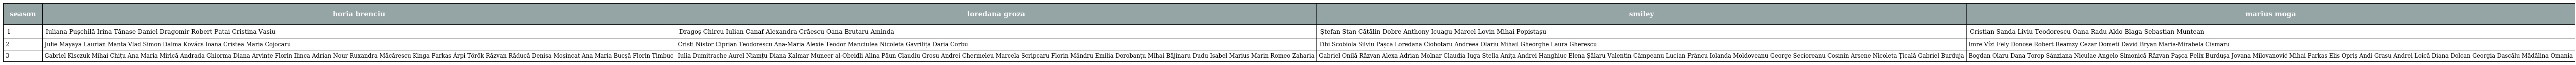
| season | horia brenciu | loredana groza | smiley | marius moga |
 | --- | --- | --- | --- | --- |
 | 1 | Iuliana Pușchilă Irina Tănase Daniel Dragomir Robert Patai Cristina Vasiu | Dragoș Chircu Iulian Canaf Alexandra Crăescu Oana Brutaru Aminda | Ștefan Stan Cătălin Dobre Anthony Icuagu Marcel Lovin Mihai Popistașu | Cristian Sanda Liviu Teodorescu Oana Radu Aldo Blaga Sebastian Muntean |
 | 2 | Julie Mayaya Laurian Manta Vlad Simon Dalma Kovács Ioana Cristea Maria Cojocaru | Cristi Nistor Ciprian Teodorescu Ana-Maria Alexie Teodor Manciulea Nicoleta Gavriliță Daria Corbu | Tibi Scobiola Silviu Pașca Loredana Ciobotaru Andreea Olariu Mihail Gheorghe Laura Gherescu | Imre Vízi Fely Donose Robert Reamzy Cezar Dometi David Bryan Maria-Mirabela Cismaru |
 | 3 | Gabriel Kisczuk Mihai Chițu Ana Maria Mirică Andrada Ghiorma Diana Arvinte Florin Ilinca Adrian Nour Ruxandra Măcărescu Kinga Farkas Árpi Török Răzvan Răducă Denisa Moșincat Ana Maria Bucșă Florin Timbuc | Iulia Dumitrache Aurel Niamțu Diana Kalmar Muneer al-Obeidli Alina Păun Claudiu Grosu Andrei Chermeleu Marcela Scripcaru Florin Mândru Emilia Dorobanțu Mihai Băjinaru Dudu Isabel Marius Marin Romeo Zaharia | Gabriel Onilă Răzvan Alexa Adrian Molnar Claudia Iuga Stella Anița Andrei Hanghiuc Elena Șălaru Valentin Câmpeanu Lucian Frâncu Iolanda Moldoveanu George Secioreanu Cosmin Arsene Nicoleta Țicală Gabriel Burduja | Bogdan Olaru Dana Torop Sânziana Niculae Angelo Simonică Răzvan Pașca Felix Burdușa Jovana Milovanović Mihai Farkas Elis Opriș Andi Grasu Andrei Loică Diana Dolcan Georgia Dascălu Mădălina Omania |